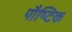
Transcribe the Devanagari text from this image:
पौष्‍िटक